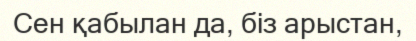
Сен қабылан да, біз арыстан,